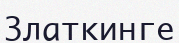
Златкинге